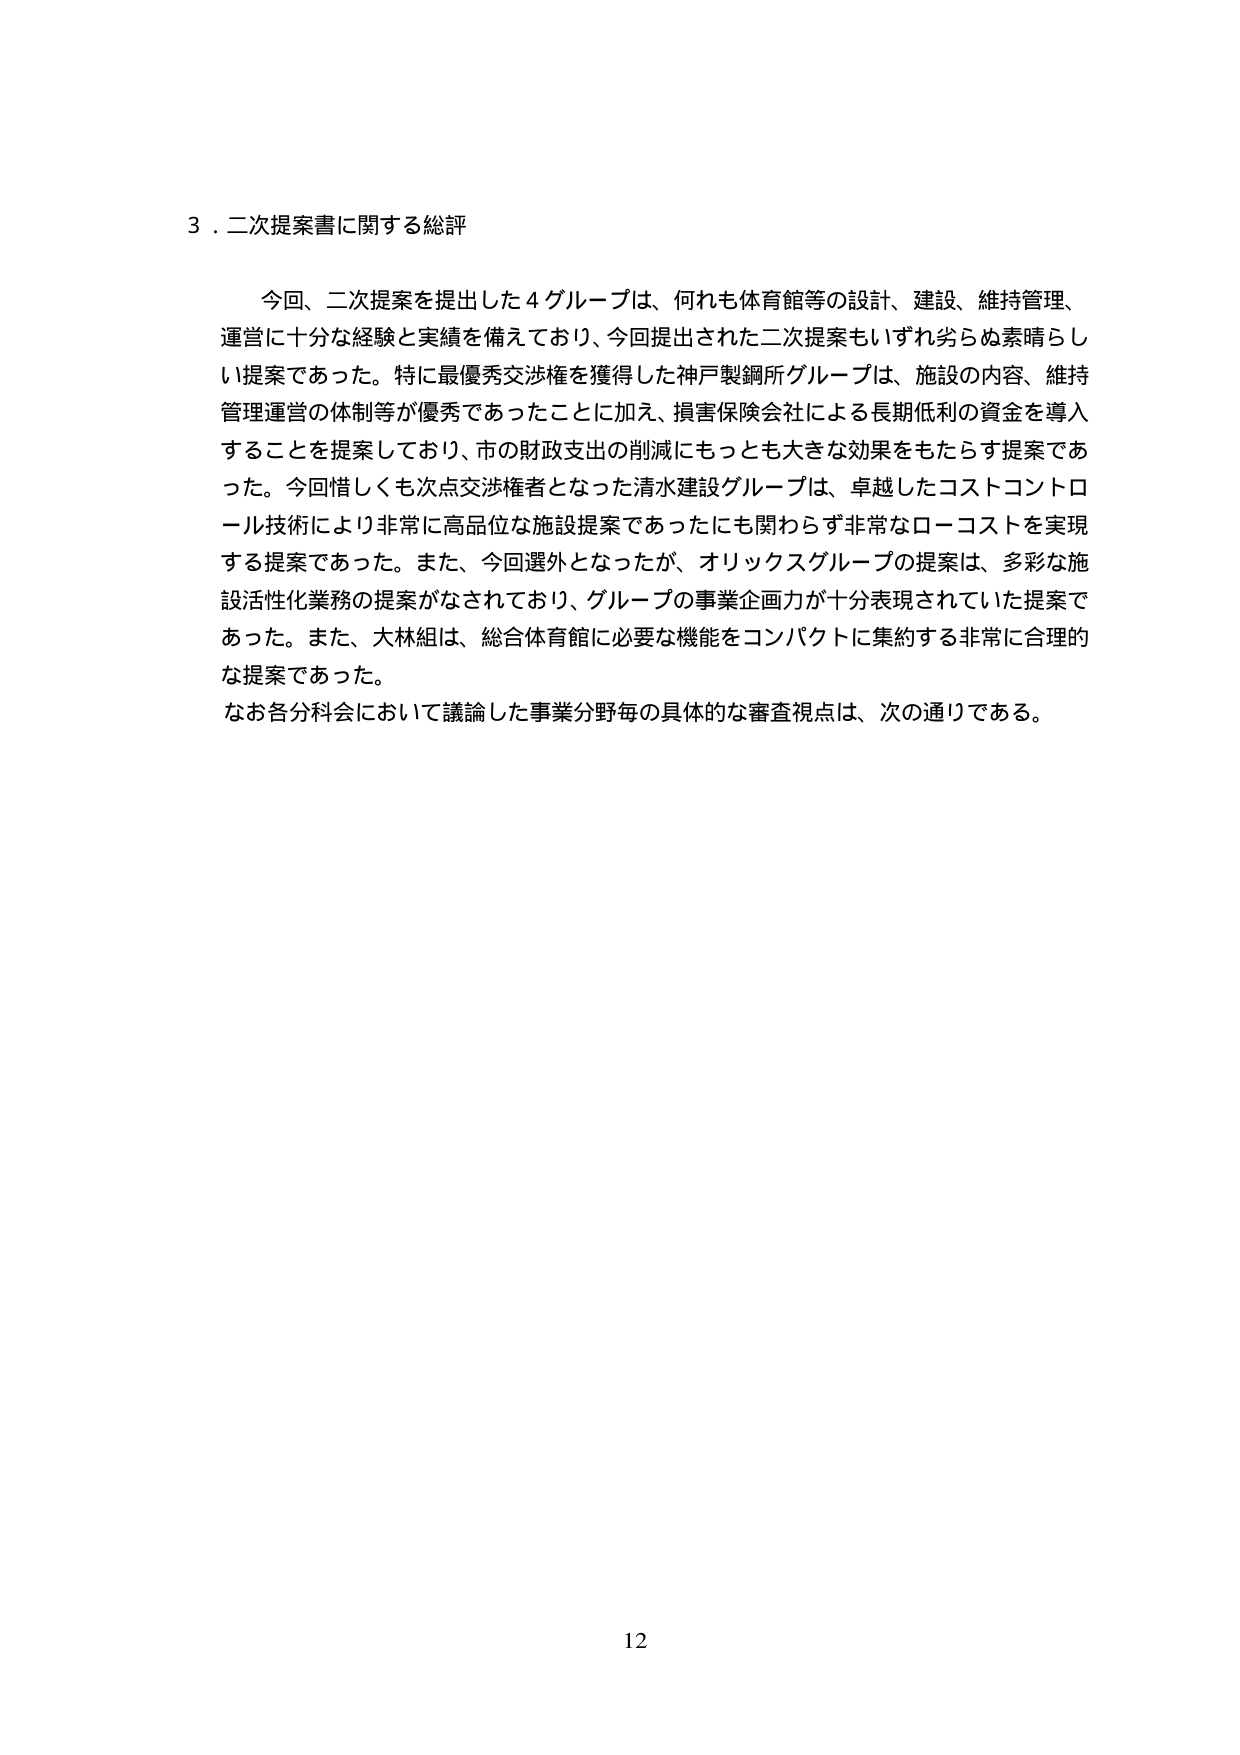
3．二次提案書に関する総評

今回、二次提案を提出した4グループは、何れも体育館等の設計、建設、維持管理、運営に十分な経験と実績を備えており、今回提出された二次提案もいずれ劣らぬ素晴らしい提案であった。特に最優秀交渉権を獲得した神戸製鋼所グループは、施設の内容、維持管理運営の体制等が優秀であったことに加え、損害保険会社による長期低利の資金を導入することを提案しており、市の財政支出の削減にもっとも大きな効果をもたらす提案であった。今回惜しくも次点交渉権者となった清水建設グループは、卓越したコストコントロール技術により非常に高品位な施設提案であったにも関わらず非常にローコストを実現する提案であった。また、今回選外となったが、オリックスグループの提案は、多彩な施設活性化業務の提案がなされており、グループの事業企画力が十分表現されていた提案であった。また、大林組は、総合体育館に必要な機能をコンパクトに集約する非常に合理的な提案であった。
なお各分科会において議論した事業分野毎の具体的な審査視点は、次の通りである。

12